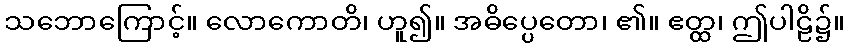
သဘောကြောင့်။ လောကောတိ၊ ဟူ၍။ အဓိပ္ပေတော၊ ၏။ ဧတ္ထ၊ ဤပါဠိ၌။